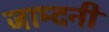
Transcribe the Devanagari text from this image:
जाम्दनी